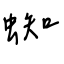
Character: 蜘